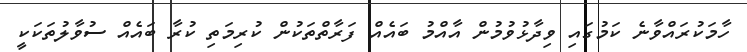
ހާމަކުރައްވާނެ ކަމުގައި ވިދާޅުވުމުން އާއްމު ބައެއް ފަރާތްތަކުން ކުރިމަތި ކުރާ ބައެއް ސުވާލުތަކަކީ